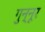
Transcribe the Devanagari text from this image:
गुन्नूर